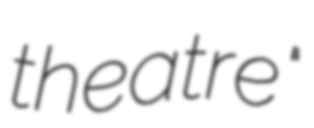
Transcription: theatre"